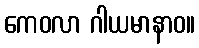
ကေဝလာ ဂါယမာနာဝ။